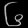
Digit: ၆